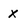
Character: X